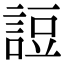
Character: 䛠